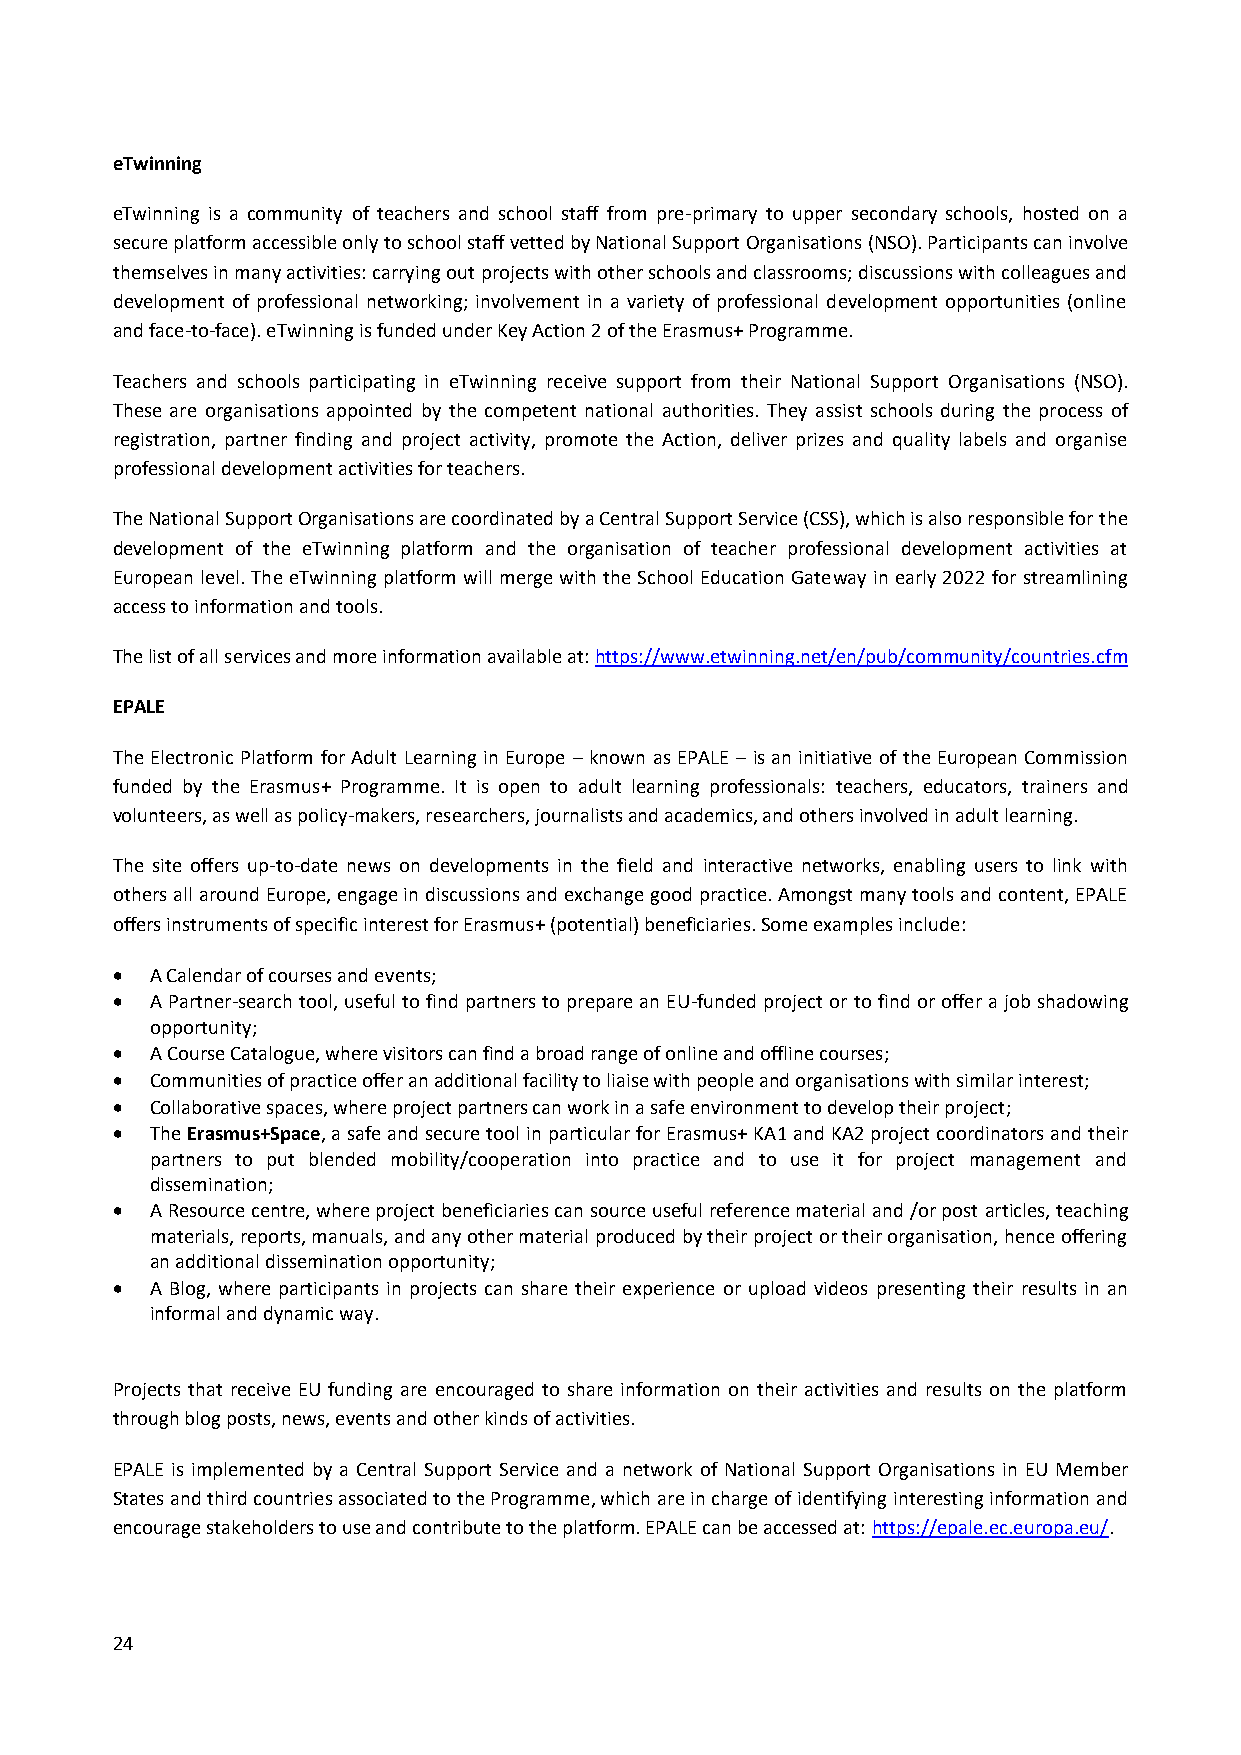
eTwinning
 eTwinning is a community of teachers and school staff from pre-primary to upper secondary schools, hosted on a
 secure platform accessible only to school staff vetted by National Support Organisations (NSO). Participants can involve
 themselves in many activities: carrying out projects with other schools and classrooms; discussions with colleagues and
 development of professional networking; involvement in a variety of professional development opportunities (online
 and face-to-face). eTwinning is funded under Key Action 2 of the Erasmus+ Programme.
 Teachers and schools participating in eTwinning receive support from their National Support Organisations (NSO).
 These are organisations appointed by the competent national authorities. They assist schools during the process of
 registration, partner finding and project activity, promote the Action, deliver prizes and quality labels and organise
 professional development activities for teachers.
 The National Support Organisations are coordinated by a Central Support Service (CSS), which is also responsible for the
 development of the eTwinning platform and the organisation of teacher professional development activities at
 European level. The eTwinning platform will merge with the School Education Gateway in early 2022 for streamlining
 access to information and tools.
 The list of all services and more information available at: https://www.etwinning.net/en/pub/community/countries.cfm
 EPALE
 The Electronic Platform for Adult Learning in Europe – known as EPALE – is an initiative of the European Commission
 funded by the Erasmus+ Programme. It is open to adult learning professionals: teachers, educators, trainers and
 volunteers, as well as policy-makers, researchers, journalists and academics, and others involved in adult learning.
 The site offers up-to-date news on developments in the field and interactive networks, enabling users to link with
 others all around Europe, engage in discussions and exchange good practice. Amongst many tools and content, EPALE
 offers instruments of specific interest for Erasmus+ (potential) beneficiaries. Some examples include:
   A Calendar of courses and events;
   A Partner-search tool, useful to find partners to prepare an EU-funded project or to find or offer a job shadowing
 opportunity;
   A Course Catalogue, where visitors can find a broad range of online and offline courses;
   Communities of practice offer an additional facility to liaise with people and organisations with similar interest;
   Collaborative spaces, where project partners can work in a safe environment to develop their project;
   The Erasmus+Space, a safe and secure tool in particular for Erasmus+ KA1 and KA2 project coordinators and their
 partners to put blended mobility/cooperation into practice and to use it for project management and
 dissemination;
   A Resource centre, where project beneficiaries can source useful reference material and /or post articles, teaching
 materials, reports, manuals, and any other material produced by their project or their organisation, hence offering
 an additional dissemination opportunity;
   A Blog, where participants in projects can share their experience or upload videos presenting their results in an
 informal and dynamic way.
 Projects that receive EU funding are encouraged to share information on their activities and results on the platform
 through blog posts, news, events and other kinds of activities.
 EPALE is implemented by a Central Support Service and a network of National Support Organisations in EU Member
 States and third countries associated to the Programme, which are in charge of identifying interesting information and
 encourage stakeholders to use and contribute to the platform. EPALE can be accessed at: https://epale.ec.europa.eu/.
 24